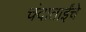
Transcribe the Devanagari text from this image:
चंदाताईंचे